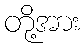
တို့အား